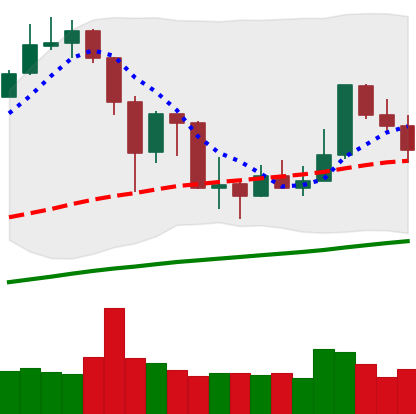
Ticker: XMR-USD
Chart end date: 2019-07-10
Forward return: -5.731%
Label: down_5_7